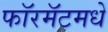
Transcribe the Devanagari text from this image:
फॉरमॅटमधे